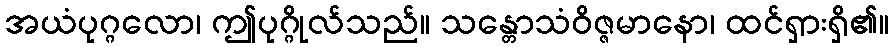
အယံပုဂ္ဂလော၊ ဤပုဂ္ဂိုလ်သည်။ သန္တောသံဝိဇ္ဇမာနော၊ ထင်ရှားရှိ၏။